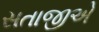
સતાજીએ